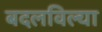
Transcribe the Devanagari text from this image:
बदलविल्या